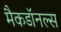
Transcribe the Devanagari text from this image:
मैकडॉनल्स